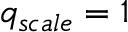
q _ { s c a l e } = 1